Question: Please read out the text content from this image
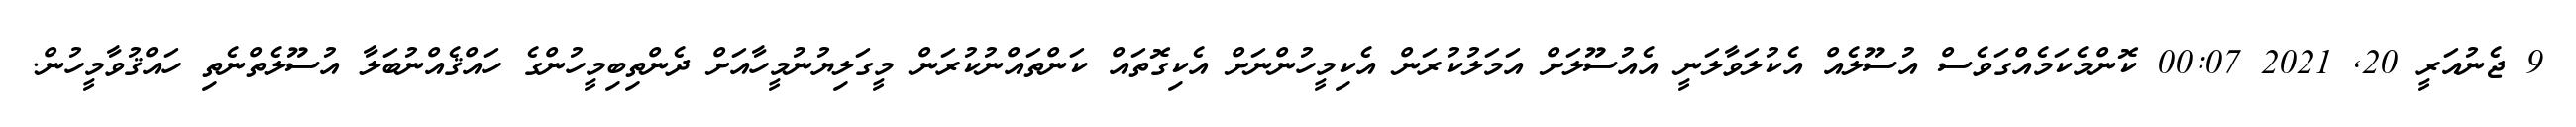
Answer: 9 ޖެނުއަރީ 20, 2021 00:07 ކޮންމެކަމެއްގަވެސް އުސޫލެއް އެކުލަވާލަނީ އެއުސޫލަށް އަމަލުކުރަން އެކިމީހުންނަށް އެކިގޮތައް ކަންތައްނުކުރަން މީގަލިޔުނުމީހާއަށް ދެންތިބިމީހުންގެ ހައްޤެއްނުބަލާ އުސޫލެތްނެތި ހައްޤުވާމީހުން.